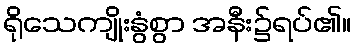
ရိုသေကျိုးနွံစွာ အနီး၌ရပ်၏။